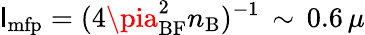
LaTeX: \mathsf{l}_{\mathrm{{mfp}}}=(4\pia_{\mathrm{{BF}}}^{2}n_{\mathrm{{B}}})^{-1}\, \sim\, 0.6\, \mu